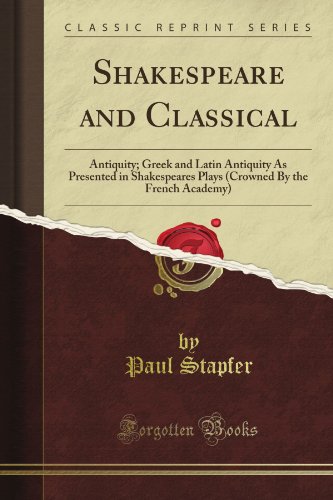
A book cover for Shakespeare and Classical: Antiquity; Greek and Latin Antiquity As Presented in Shakespeare's Plays (Crowned By the French Academy) (Classic Reprint); Paul Stapfer; Literature & Fiction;